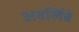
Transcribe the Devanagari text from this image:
अवलिंबे